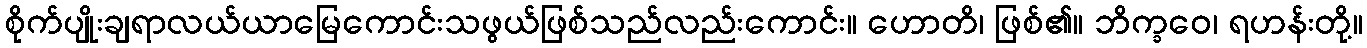
စိုက်ပျိုးချရာလယ်ယာမြေကောင်းသဖွယ်ဖြစ်သည်လည်းကောင်း။ ဟောတိ၊ ဖြစ်၏။ ဘိက္ခဝေ၊ ရဟန်းတို့။